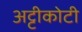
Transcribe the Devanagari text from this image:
अट्टीकोटी